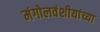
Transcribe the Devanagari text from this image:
मंगोलवंशीयांच्या